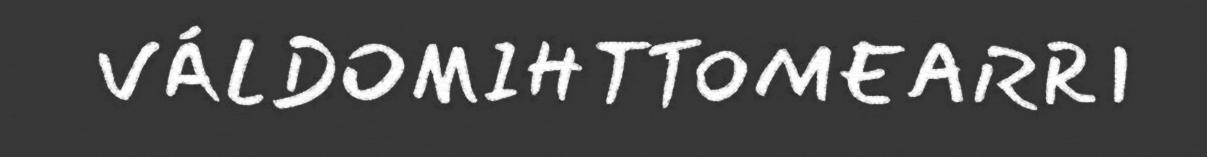
VÁLDOMIHTTOMEARRI